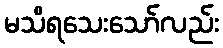
မသိရသေးသော်လည်း